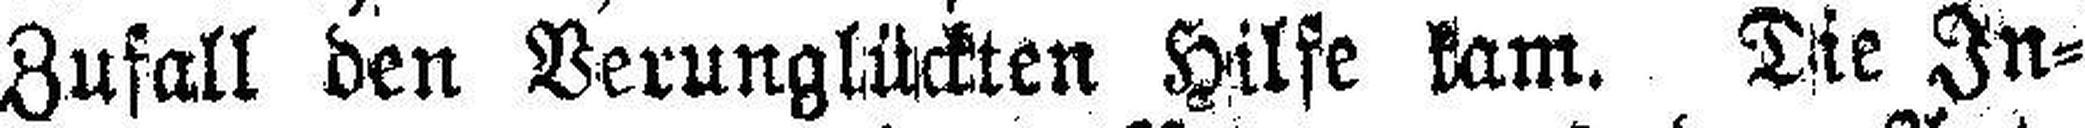
Zufall den Verunglückten Hilfe kam. Die In¬